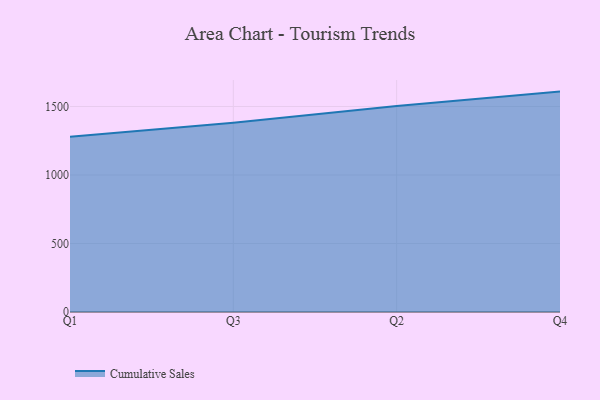
{"axis": {"x": "Quarter", "y": "Headcount"}, "legend": ["Cumulative Sales"], "data": [{"x": "Q1", "y": 1278.7, "type": "Cumulative Sales"}, {"x": "Q3", "y": 1380.8, "type": "Cumulative Sales"}, {"x": "Q2", "y": 1503.9, "type": "Cumulative Sales"}, {"x": "Q4", "y": 1608.5, "type": "Cumulative Sales"}]}